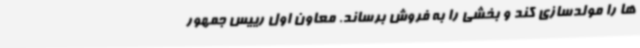
ها را مولدسازی کند و بخشی را به فروش برساند. معاون اول رییس جمهور